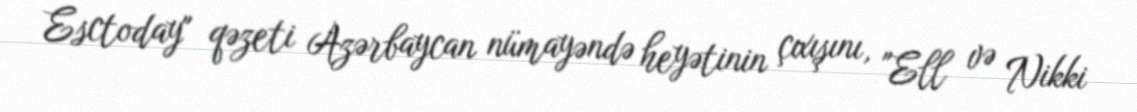
Esctoday" qəzeti Azərbaycan nümayəndə heyətinin çıxışını, "Ell və Nikki